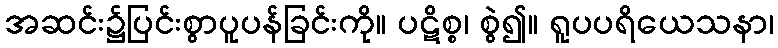
အဆင်း၌ပြင်းစွာပူပန်ခြင်းကို။ ပဋိစ္စ၊ စွဲ၍။ ရူပပရိယေသနာ၊